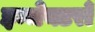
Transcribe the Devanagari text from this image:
इन्जेक्टरों